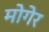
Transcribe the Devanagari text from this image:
मोगेर